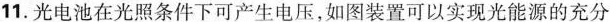
11.光电池在光照条件下可产生电压，如图装置可以实现光能源的充分